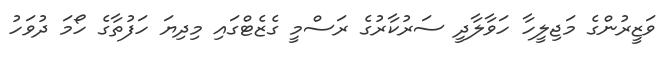
ވަޒީރުންގެ މަޖިލީހާ ހަވާލާދީ ސަރުކާރުގެ ރަސްމީ ގެޒެޓްގައި މިދިޔަ ހަފުތާގެ ހޯމަ ދުވަހު